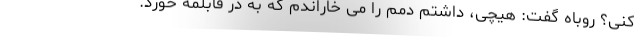
کنی؟ روباه گفت: هیچی، داشتم دمم را می خاراندم که به در قابلمه خورد.